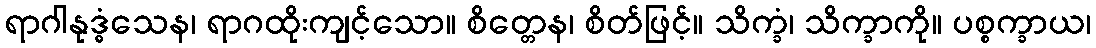
ရာဂါနုဒ္ဓံသေန၊ ရာဂထိုးကျင့်သော။ စိတ္တေန၊ စိတ်ဖြင့်။ သိက္ခံ၊ သိက္ခာကို။ ပစ္စက္ခာယ၊